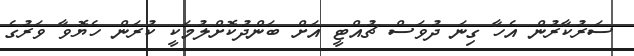
ސަރުކާރުން އެހާ ގިނަ ދުވަސް ޗުއްޓީ އަށް ބަންދުކޮށްލުމަކީ ކުރަން ހެޔޮވާ ވަރުގެ